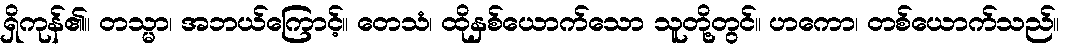
ရှိကုန်၏။ တသ္မာ၊ အဘယ်ကြောင့်။ တေသံ၊ ထိုနှစ်ယောက်သော သူတို့တွင်။ ဟကော၊ တစ်ယောက်သည်။